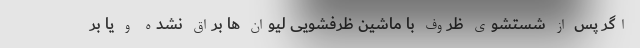
اگر پس از شستشوی ظروف با ماشین ظرفشویی لیوان ها براق نشده و یا بر